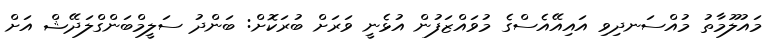
މައުލޫމާތު މުއްސަނދިވި އައިއޭއެސްގެ މުވައްޒަފުން އުޅެނީ ވަރަށް ބުރަކޮށް: ބަންދު ސަލީމްބަންގްލަދޭޝް އަށް